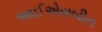
આઈએસબીન